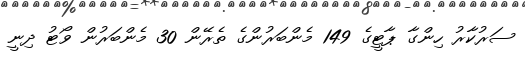
ސަރުކާރު ހިންގާ ޕާޓީގެ 149 މެންބަރުންގެ ތެރޭން 30 މެންބަރުން ވޯޓު ދިނީ